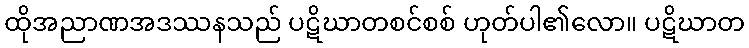
ထိုအညာဏအဒဿနသည် ပဋိဃာတစင်စစ် ဟုတ်ပါ၏လော။ ပဋိဃာတ